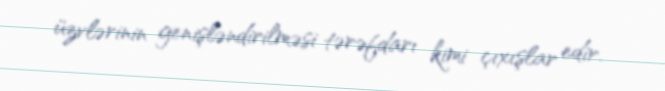
üzvlərinin genişləndirilməsi tərəfdarı kimi çıxışlar edir.